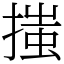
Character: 𢱟